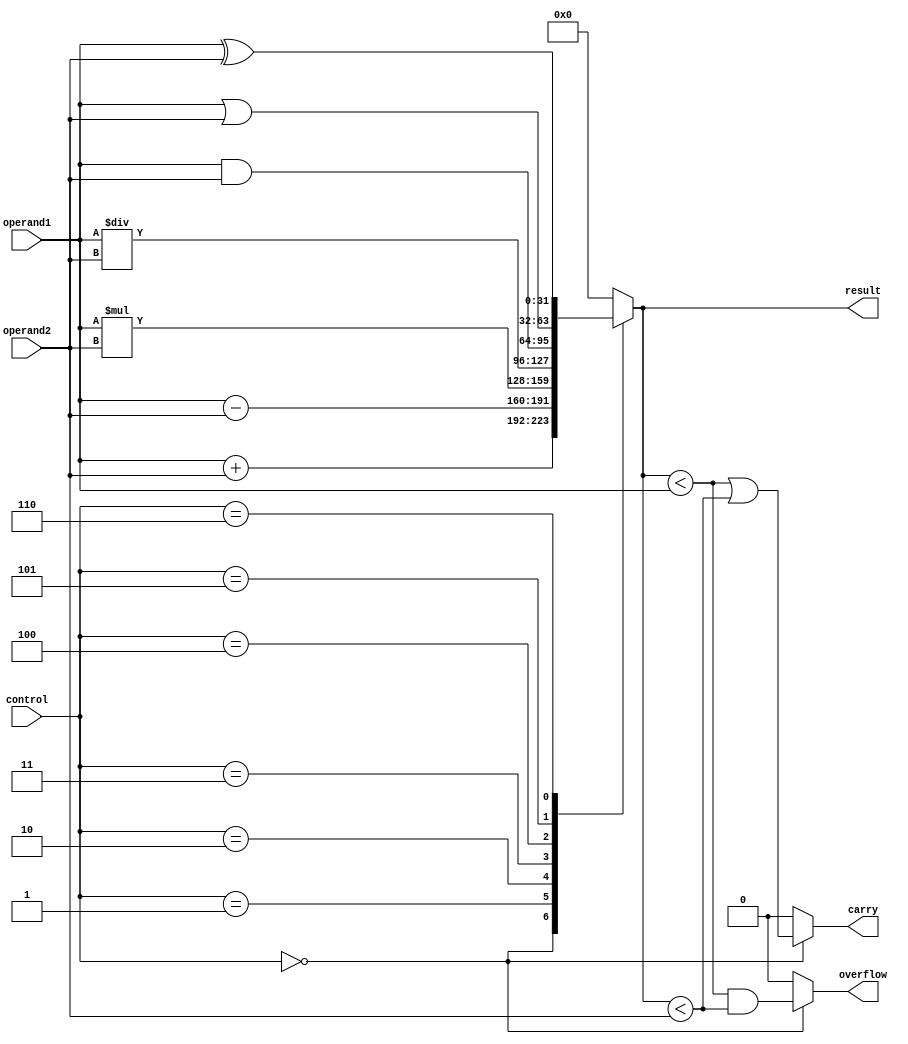
module alu(
    input [31:0] operand1,
    input [31:0] operand2,
    input [2:0] control,
    output reg [31:0] result,
    output reg carry,
    output reg overflow
);

always @(*) begin
    case(control)
        3'b000: result = operand1 + operand2; // addition
        3'b001: result = operand1 - operand2; // subtraction
        3'b010: result = operand1 * operand2; // multiplication
        3'b011: result = operand1 / operand2; // division
        3'b100: result = operand1 & operand2; // AND operation
        3'b101: result = operand1 | operand2; // OR operation
        3'b110: result = operand1 ^ operand2; // XOR operation
        default: result = 0;
    endcase

    // check for carry and overflow flags
    if(control == 3'b000) begin
        carry = (result < operand1) || (result < operand2);
        overflow = (result < operand1) && (result < operand2);
    end else begin
        carry = 0;
        overflow = 0;
    end
end

endmodule